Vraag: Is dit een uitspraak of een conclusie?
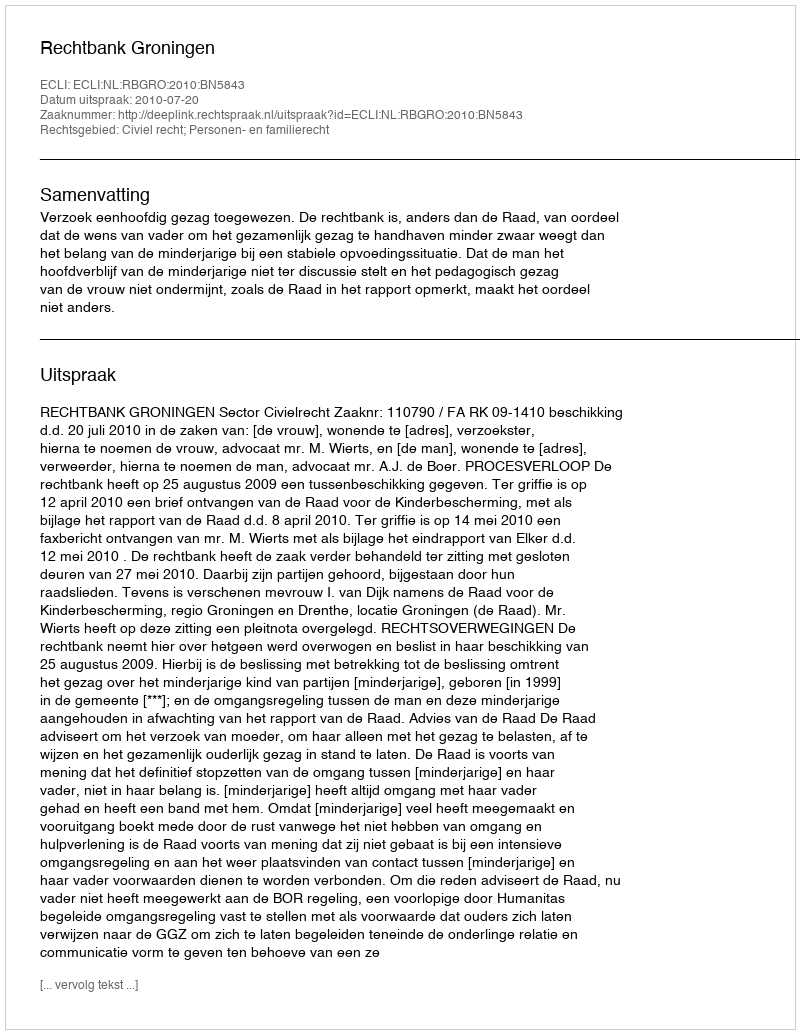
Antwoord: Uitspraak